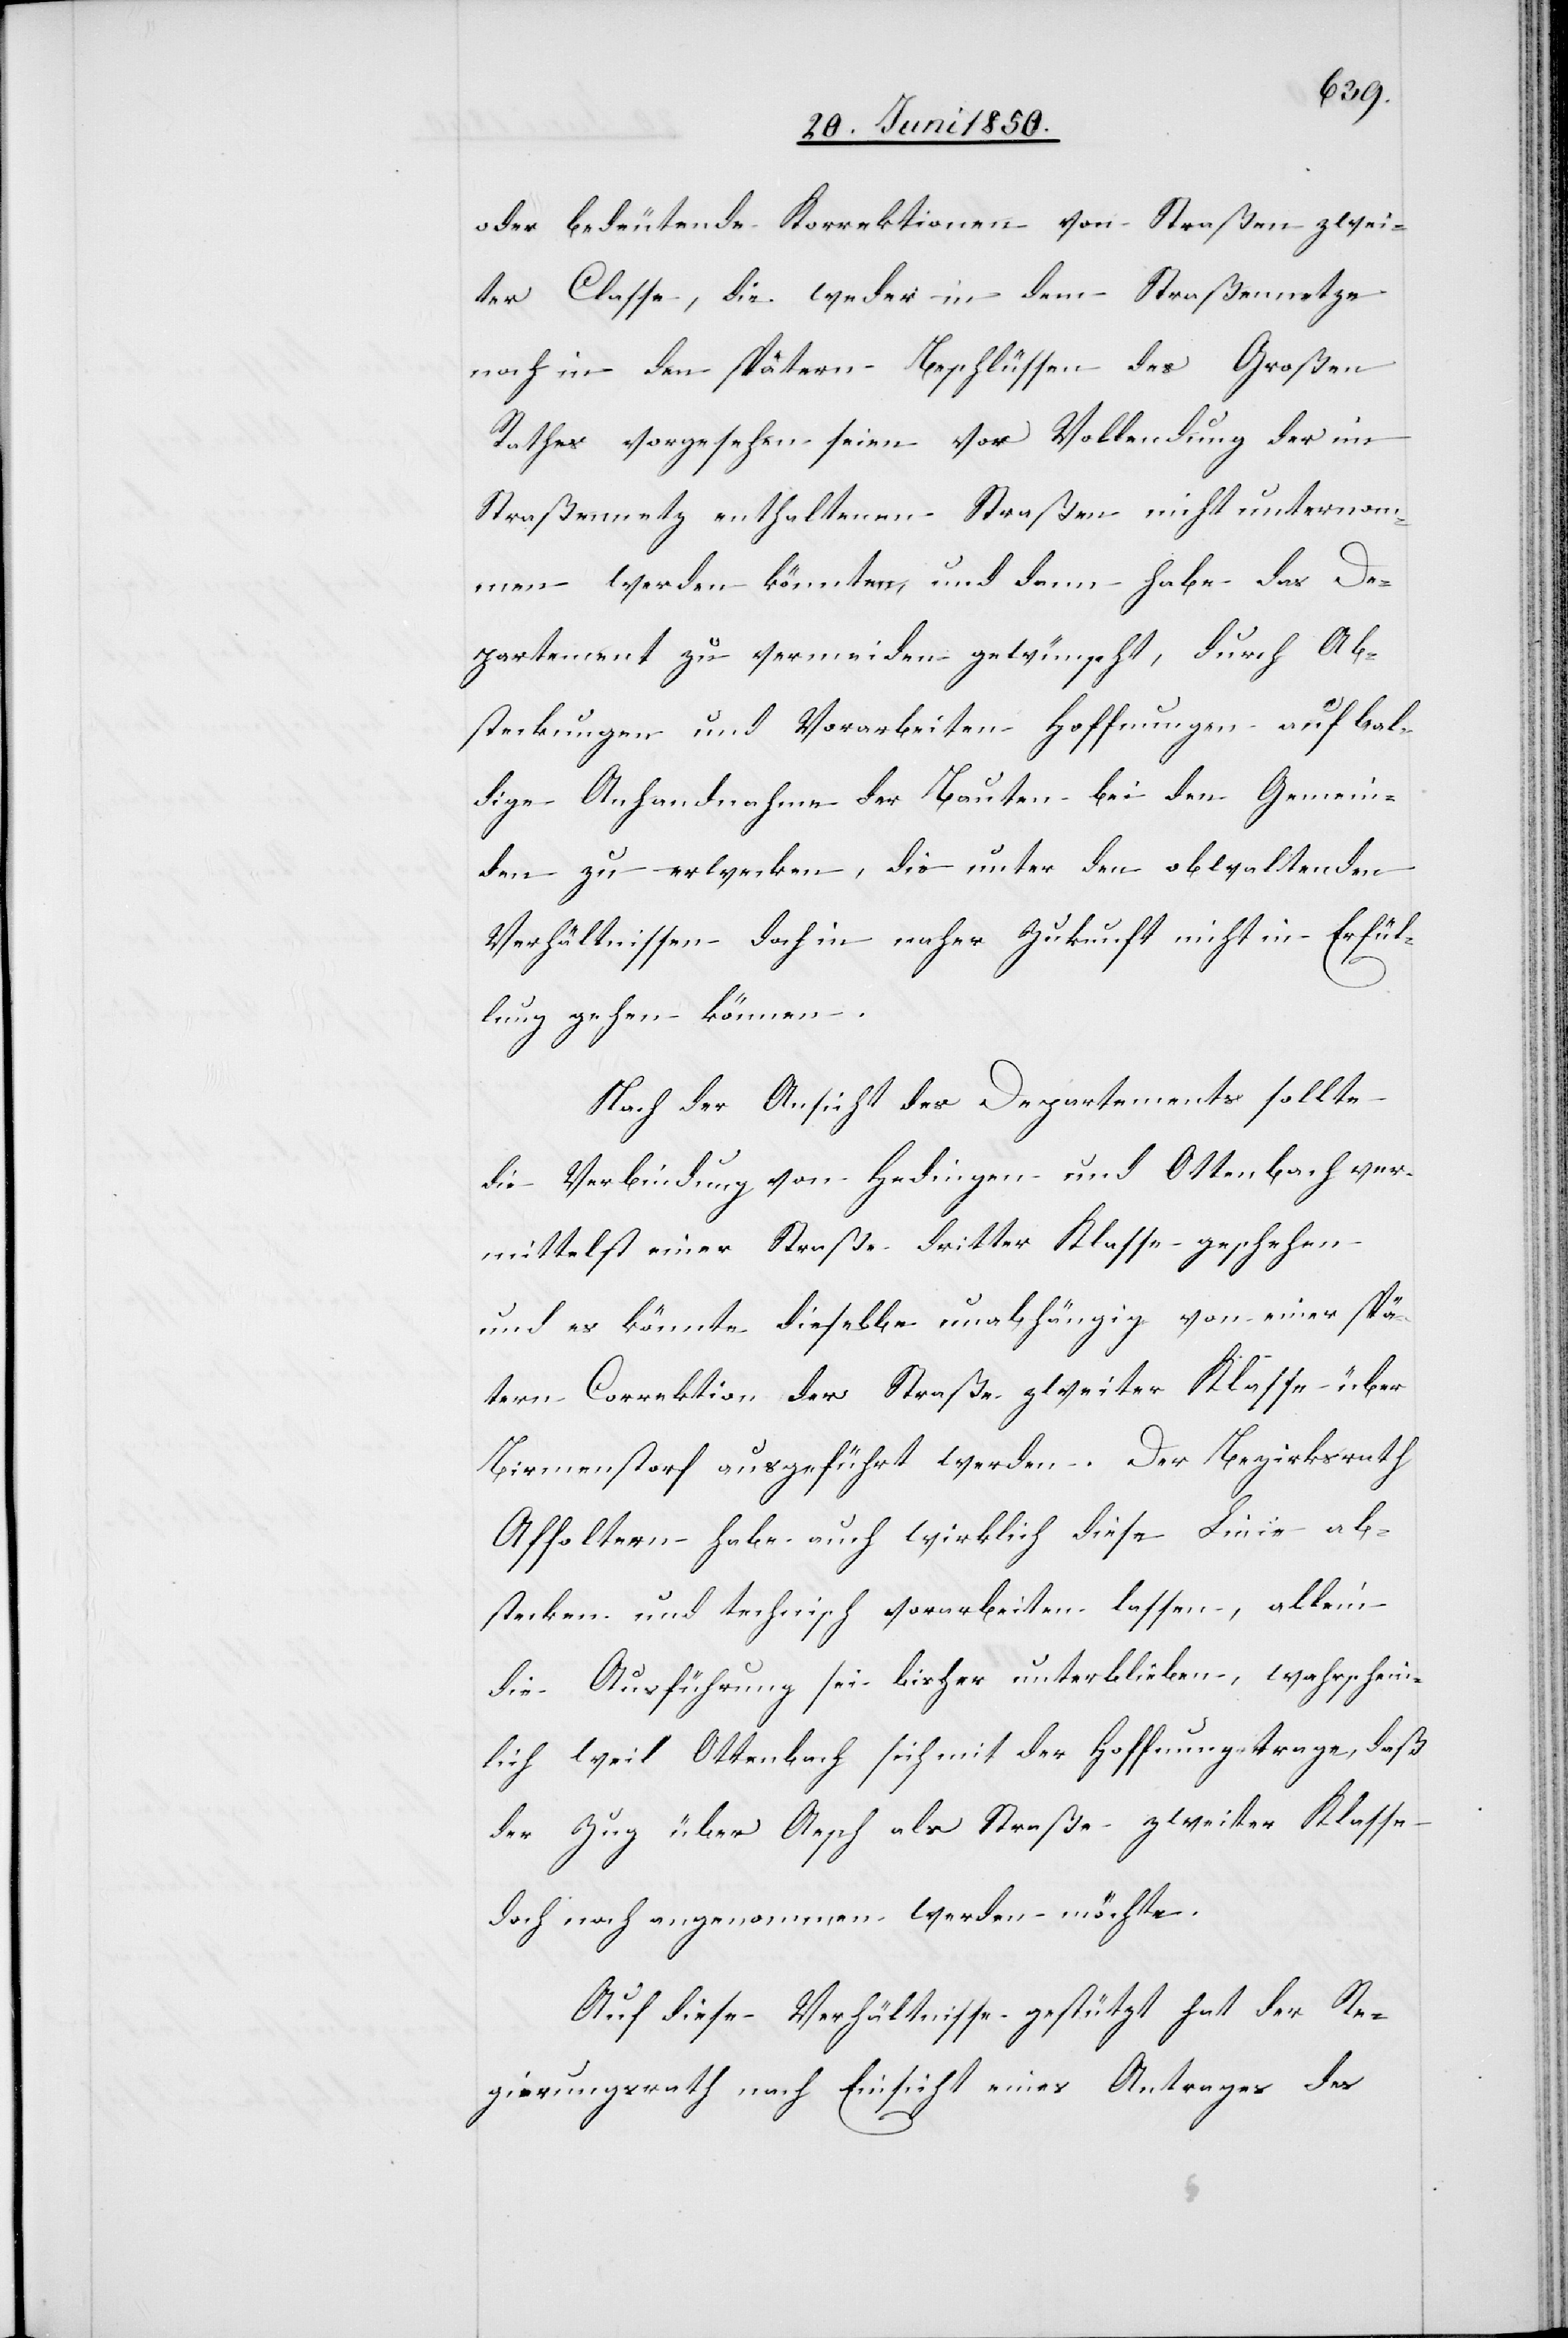
oder bedeutende Korrektionen von Straßen zwei¬
ter Classe, die weder in dem Straßennetze
noch in den spätern Beschlüssen des Großen
Rathes vorgesehen seien vor Vollendung der im
Straßennetz enthaltenen Straßen nicht unternom¬
men werden könnten, und dann habe das De¬
partement zu vermeiden gewünscht, durch Ab¬
steckungen und Vorarbeiten Hoffnungen auf bal¬
dige Anhandnahme der Bauten bei den Gemein¬
den zu erwecken, die unter den obwaltenden
Verhältnissen doch in naher Zukunft nicht in Erfül¬
lung gehen können.
Nach der Ansicht des Departements sollte
die Verbindung von Hedingen und Ottenbach ver¬
mittelst einer Straße dritter Klasse geschehen
und es könnte dieselbe unabhängig von einer spä¬
tern Correktion der Straße zweiter Klasse über
Birmenstorf ausgeführt werden. Der Bezirksrath
Affoltern habe auch wirklich diese Linie ab¬
stecken und technisch vorarbeiten lassen, allein
die Ausführung sei bisher unterblieben, wahrschein¬
lich weil Ottenbach sich mit der Hoffnung trage, daß
der Zug über Aesch als Straße zweiter Klasse
doch noch angenommen werden möchte.
Auf diese Verhältnisse gestützt hat der Re¬
gierungsrath nach Einsicht eines Antrages des